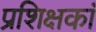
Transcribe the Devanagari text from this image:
प्रशिक्षकां